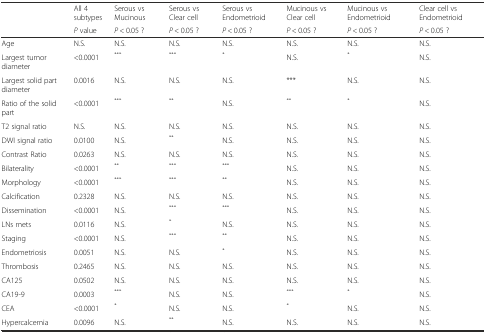
<table><thead><tr><td rowspan="2"></td><td><b>All 4 subtypes</b></td><td><b>Serous vs Mucinous</b></td><td><b>Serous vs Clear cell</b></td><td><b>Serous vs Endometrioid</b></td><td><b>Mucinous vs Clear cell</b></td><td><b>Mucinous vs Endometrioid</b></td><td><b>Clear cell vs Endometrioid</b></td></tr><tr><td><b><i>P</i> value</b></td><td><b><i>P</i> &lt; 0.05 ?</b></td><td><b><i>P</i> &lt; 0.05 ?</b></td><td><b><i>P</i> &lt; 0.05 ?</b></td><td><b><i>P</i> &lt; 0.05 ?</b></td><td><b><i>P</i> &lt; 0.05 ?</b></td><td><b><i>P</i> &lt; 0.05 ?</b></td></tr></thead><tbody><tr><td>Age</td><td>N.S.</td><td>N.S.</td><td>N.S.</td><td>N.S.</td><td>N.S.</td><td>N.S.</td><td>N.S.</td></tr><tr><td>Largest tumor diameter</td><td>&lt;0.0001</td><td><sup>***</sup></td><td><sup>***</sup></td><td><sup>*</sup></td><td>N.S.</td><td><sup>*</sup></td><td>N.S.</td></tr><tr><td>Largest solid part diameter</td><td>0.0016</td><td>N.S.</td><td>N.S.</td><td>N.S.</td><td>***</td><td>N.S.</td><td>N.S.</td></tr><tr><td>Ratio of the solid part</td><td>&lt;0.0001</td><td><sup>***</sup></td><td><sup>**</sup></td><td>N.S.</td><td><sup>**</sup></td><td><sup>*</sup></td><td>N.S.</td></tr><tr><td>T2 signal ratio</td><td>N.S.</td><td>N.S.</td><td>N.S.</td><td>N.S.</td><td>N.S.</td><td>N.S.</td><td>N.S.</td></tr><tr><td>DWI signal ratio</td><td>0.0100</td><td>N.S.</td><td><sup>**</sup></td><td>N.S.</td><td>N.S.</td><td>N.S.</td><td>N.S.</td></tr><tr><td>Contrast Ratio</td><td>0.0263</td><td>N.S.</td><td>N.S.</td><td>N.S.</td><td>N.S.</td><td>N.S.</td><td>N.S.</td></tr><tr><td>Bilaterality</td><td>&lt;0.0001</td><td><sup>**</sup></td><td><sup>***</sup></td><td><sup>***</sup></td><td>N.S.</td><td>N.S.</td><td>N.S.</td></tr><tr><td>Morphology</td><td>&lt;0.0001</td><td><sup>***</sup></td><td><sup>***</sup></td><td><sup>**</sup></td><td>N.S.</td><td>N.S.</td><td>N.S.</td></tr><tr><td>Calcification</td><td>0.2328</td><td>N.S.</td><td>N.S.</td><td>N.S.</td><td>N.S.</td><td>N.S.</td><td>N.S.</td></tr><tr><td>Dissemination</td><td>&lt;0.0001</td><td>N.S.</td><td><sup>***</sup></td><td><sup>***</sup></td><td>N.S.</td><td>N.S.</td><td>N.S.</td></tr><tr><td>LNs mets</td><td>0.0116</td><td>N.S.</td><td><sup>*</sup></td><td>N.S.</td><td>N.S.</td><td>N.S.</td><td>N.S.</td></tr><tr><td>Staging</td><td>&lt;0.0001</td><td>N.S.</td><td><sup>***</sup></td><td><sup>**</sup></td><td>N.S.</td><td>N.S.</td><td>N.S.</td></tr><tr><td>Endometriosis</td><td>0.0051</td><td>N.S.</td><td>N.S.</td><td><sup>*</sup></td><td>N.S.</td><td>N.S.</td><td>N.S.</td></tr><tr><td>Thrombosis</td><td>0.2465</td><td>N.S.</td><td>N.S.</td><td>N.S.</td><td>N.S.</td><td>N.S.</td><td>N.S.</td></tr><tr><td>CA125</td><td>0.0502</td><td>N.S.</td><td>N.S.</td><td>N.S.</td><td>N.S.</td><td>N.S.</td><td>N.S.</td></tr><tr><td>CA19-9</td><td>0.0003</td><td><sup>***</sup></td><td>N.S.</td><td>N.S.</td><td><sup>***</sup></td><td><sup>*</sup></td><td>N.S.</td></tr><tr><td>CEA</td><td>&lt;0.0001</td><td><sup>*</sup></td><td>N.S.</td><td>N.S.</td><td><sup>*</sup></td><td>N.S.</td><td>N.S.</td></tr><tr><td>Hypercalcemia</td><td>0.0096</td><td>N.S.</td><td><sup>**</sup></td><td>N.S.</td><td>N.S.</td><td>N.S.</td><td>N.S.</td></tr></tbody></table>